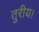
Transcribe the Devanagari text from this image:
तुरीय।